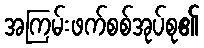
အကြမ်းဖက်စစ်အုပ်စု၏